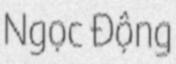
Ngọc Động